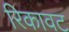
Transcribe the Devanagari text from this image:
रिकावट